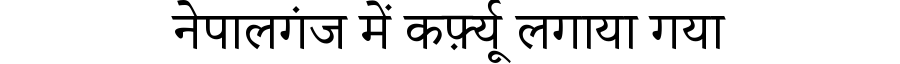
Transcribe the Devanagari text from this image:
नेपालगंज में कर्फ़्यू लगाया गया